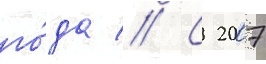
го́да // С 2007